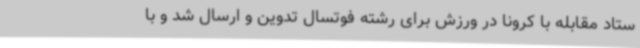
ستاد مقابله با کرونا در ورزش برای رشته فوتسال تدوین و ارسال شد و با